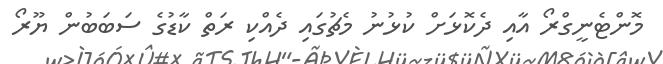
މޮންޓެނީގްރޯ އާއި ދެކޮޅަށް ކުޅުނު މެޗުގައި ދެއްކި ރަތް ކާޑުގެ ސަބަބުން ޔޫރޯ